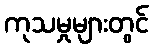
ကုသမှုများတွင်